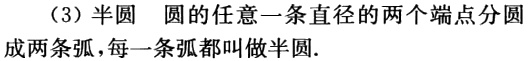
（3）半圆 圆的任意一条直径的两个端点分圆成两条弧，每一条弧都叫做半圆.